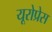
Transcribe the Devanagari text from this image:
यूरोप्रेस